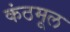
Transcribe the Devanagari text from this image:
कंठमूल